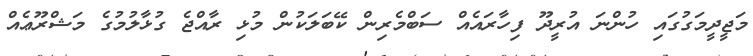
މަޖީދީމަގުގައި ހުންނަ އުރީދޫ ފިހާރައެއް ސަބްމެރިން ކޭބަލަކުން މުޅި ރާއްޖެ ގުޅާލުމުގެ މަޝްރޫޢެއް